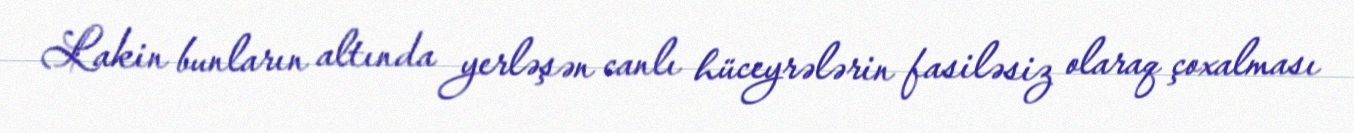
Lakin bunların altında yerləşən canlı hüceyrələrin fasiləsiz olaraq çoxalması